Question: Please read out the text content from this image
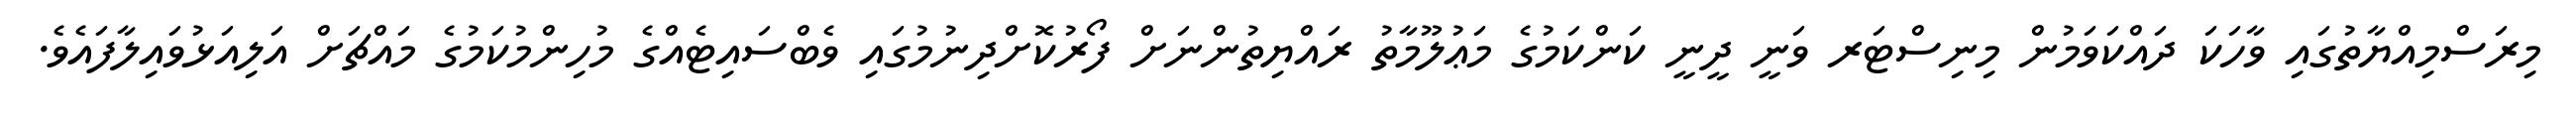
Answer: މިރަސްމިއްޔާތުގައި ވާހަކަ ދައްކަވަމުން މިނިސްޓަރ ވަނީ ދީނީ ކަންކަމުގެ މަޢުލޫމާތު ރައްޔިތުންނަށް ފޯރުކޮށްދިނުމުގައި ވެބްސައިޓެއްގެ މުހިންމުކަމުގެ މައްޗަށް އަލިއަޅުވައިލާފައެވެ.